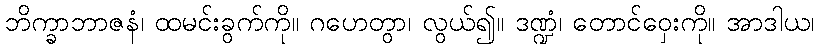
ဘိက္ခာဘာဇနံ၊ ထမင်းခွက်ကို။ ဂဟေတွာ၊ လွယ်၍။ ဒဏ္ဍံ၊ တောင်ဝှေးကို။ အာဒါယ၊